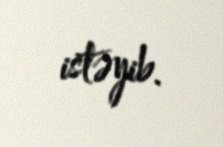
istəyib.